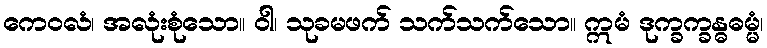
ကေဝလံ၊ အလုံးစုံသော။ ဝါ၊ သုခမဖက် သက်သက်သော။ ဣမံ ဒုက္ခက္ခန္ဓဓမ္မံ၊